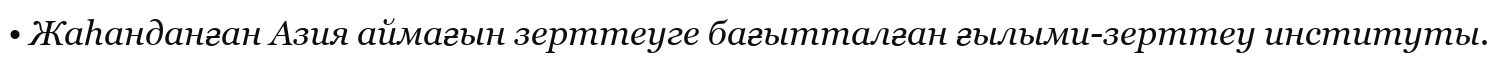
• Жаһанданған Азия аймағын зерттеуге бағытталған ғылыми-зерттеу институты.